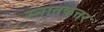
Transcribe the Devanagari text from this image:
स्नातकत्तर